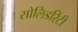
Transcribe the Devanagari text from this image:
सोलिडरिटी